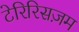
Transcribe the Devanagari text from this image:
टेरिरिसज़म